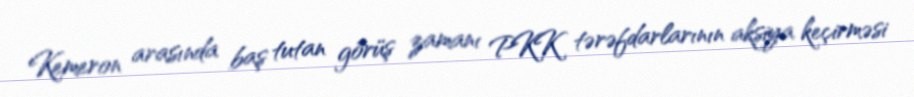
Kemeron arasında baş tutan görüş zamanı PKK tərəfdarlarının aksiya keçirməsi